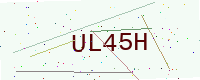
Text: UL45H